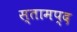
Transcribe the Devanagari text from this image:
स्तामप्द